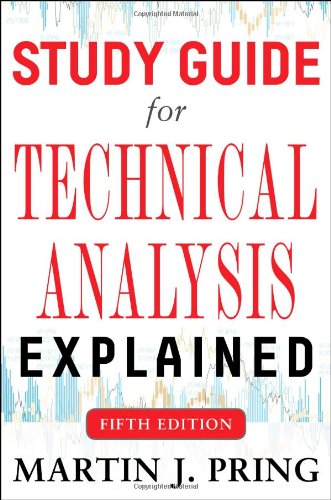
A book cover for Study Guide for Technical Analysis Explained Fifth Edition; Martin J. Pring; Business & Money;